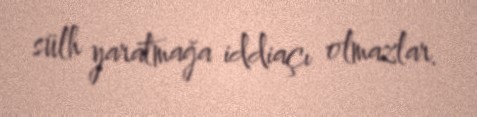
sülh yaratmağa iddiaçı olmazlar.